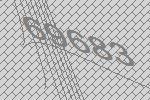
69683